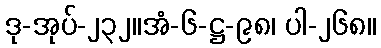
ဒု-အုပ်-၂၃၂။အံ-၆-ဋ္ဌ-၉၈၊ ပါ-၂၆၈။